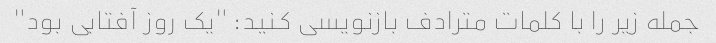
جمله زیر را با کلمات مترادف بازنویسی کنید: "یک روز آفتابی بود"